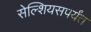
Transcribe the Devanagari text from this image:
सेल्शियसपर्यंत